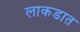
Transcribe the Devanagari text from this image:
लाकडात